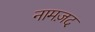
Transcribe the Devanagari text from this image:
नामज़द